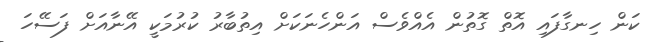
ކަން ހިނގާފައި އޮތް ގޮތުން އެއްވެސް އަންހެނަކަށް އިތުބާރު ކުރުމަކީ އޭނާއަށް ފަސޭހަ